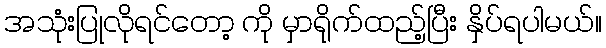
အသုံးပြုလိုရင်တော့ ကို မှာရိုက်ထည့်ပြီး နှိပ်ရပါမယ်။